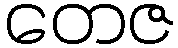
တေဇ